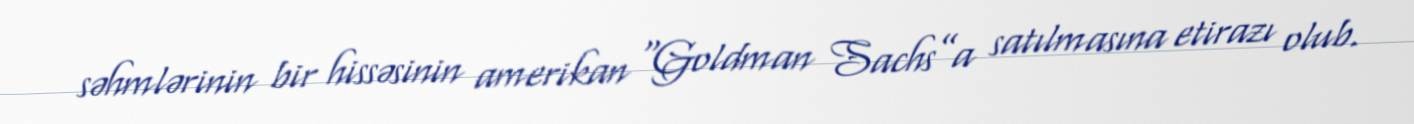
səhmlərinin bir hissəsinin amerikan “Goldman Sachs”a satılmasına etirazı olub.